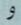
و